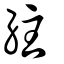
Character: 紸